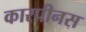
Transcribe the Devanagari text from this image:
कारपीनस